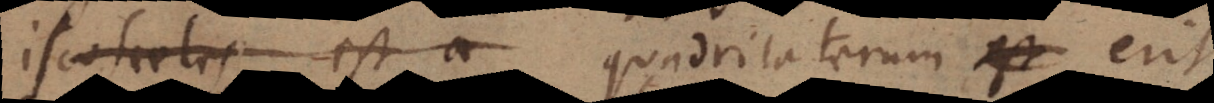
osceles est a quadrilaterum erit